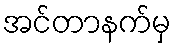
အင်တာနက်မှ